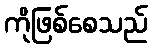
ကိုဖြစ်စေသည်